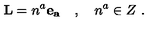
{ \bf L } = n ^ { a } { \bf e _ { a } } \quad , \quad n ^ { a } \in Z \ .